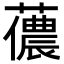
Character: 𧁓